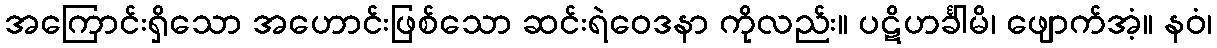
အကြောင်းရှိသော အဟောင်းဖြစ်သော ဆင်းရဲဝေဒနာ ကိုလည်း။ ပဋိဟင်္ခါမိ၊ ဖျောက်အံ့။ နဝံ၊